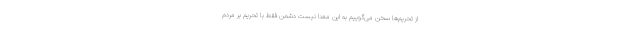
از تحریم‌ها سخن می‌گوییم به این معنا نیست دشمن فقط با تحریم بر مردم